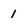
Character: 1